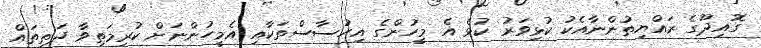
ގޮއިދޫގެ ރައްޔިތުންނާއެކު ކުޅިވަރު ކުޅެ އެ މީހުންގެ އިހުސާސްތަކާއި އެމީހުންނަށް ކުރިމަތިވާ ދަތިތައް